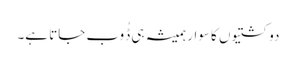
دو کشتیوں کا سوار ہمیشہ ہی ڈُوب جاتا ہے۔